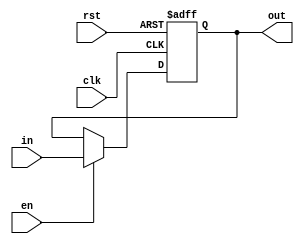
`timescale 1ns/1ps

module Reg_1(out,in,clk,rst,en);
	output  reg out;
	input in;
	input clk;
	input rst;
	input en;
	always @(posedge clk or posedge rst) begin
		if (rst) begin
			out = 0;
		end
		else if (en) begin
			out = in;
		end
	end
endmodule

module Reg_16(out,in,clk,rst,en);
	output  reg [15:0] out;
	input [15:0]in;
	input clk;
	input rst;
	input en;
	always @(posedge clk or posedge rst) begin
		if (rst) begin
			out = 0;
		end
		else if (en) begin
			out = in;
		end
	end
endmodule

module Reg_32(out,in,clk,rst,en);
	output  reg [31:0] out=0;
	input [31:0]in;
	input clk;
	input rst;
	input en;
	always @(posedge clk or posedge rst) begin
		if (rst) begin
			out = 0;
		end
		else if (en) begin
			out = in;
		end
	end
endmodule